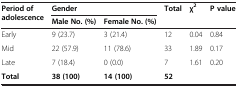
<table><thead><tr><td rowspan="2"><b>Period of adolescence</b></td><td colspan="2"><b>Gender</b></td><td rowspan="2"><b>Total</b></td><td rowspan="2"><b>χ<sup>2</sup></b></td><td rowspan="2"><b>P value</b></td></tr><tr><td><b>Male No. (%)</b></td><td><b>Female No. (%)</b></td></tr></thead><tbody><tr><td>Early</td><td>9 (23.7)</td><td>3 (21.4)</td><td>12</td><td>0.04</td><td>0.84</td></tr><tr><td>Mid</td><td>22 (57.9)</td><td>11 (78.6)</td><td>33</td><td>1.89</td><td>0.17</td></tr><tr><td>Late</td><td>7 (18.4)</td><td>0 (0.0)</td><td>7</td><td>1.61</td><td>0.20</td></tr><tr><td><b>Total</b></td><td><b>38 (100)</b></td><td><b>14 (100)</b></td><td><b>52</b></td><td> </td><td> </td></tr></tbody></table>